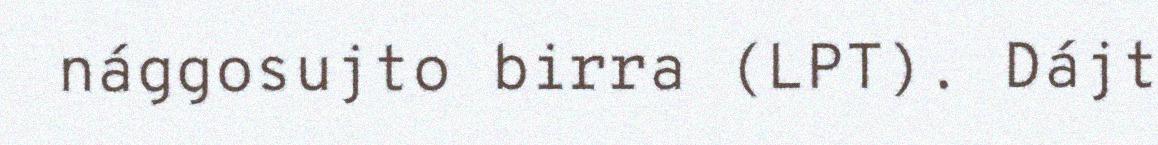
nággosujto birra (LPT). Dájt